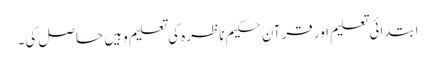
اِبتدائی تعلیم اور قرآن حکیم ناظرہ کی تعلیم وہیں حاصل کی۔